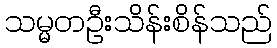
သမ္မတဦးသိန်းစိန်သည်